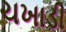
ચખાડી